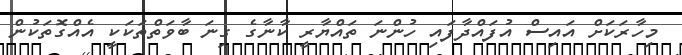
މިހާރަކަށް އައިސް އުފައްދާފައި ހުންނަ ތައްޔާރީ ކާނާގެ ގިނަ ބާވަތްތަކަކީ އެއްގޮތަކުން